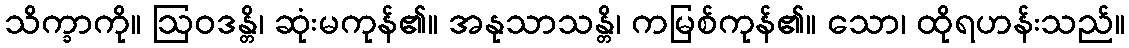
သိက္ခာကို။ ဩဝဒန္တိ၊ ဆုံးမကုန်၏။ အနုသာသန္တိ၊ ကမြစ်ကုန်၏။ သော၊ ထိုရဟန်းသည်။